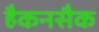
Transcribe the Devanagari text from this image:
हैकनसैक